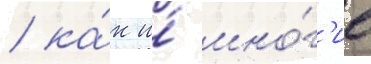
/ ка́к и́ мно́г'ие